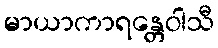
မာယာကာရန္တေဝါသီ